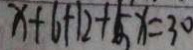
x + 6 + 1 2 + 5 x = 3 0